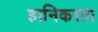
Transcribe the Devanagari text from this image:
हानिकरता